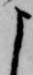
よ